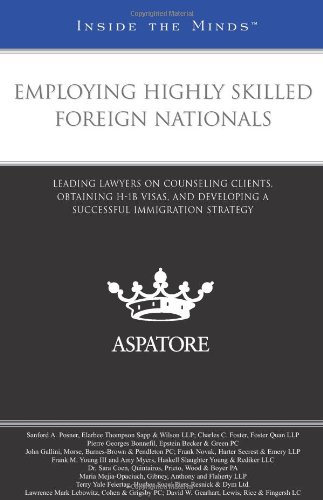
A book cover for Employing Highly Skilled Foreign Nationals: Leading Lawyers on Counseling Clients, Obtaining H-1B Visas, and Developing a Successful Immigration Strategy (Inside the Minds); Multiple Authors; Law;